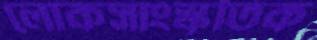
লোকসাংস্কৃতিক